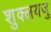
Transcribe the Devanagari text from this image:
शुक्लयजु